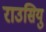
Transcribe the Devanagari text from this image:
राउसियु